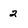
Character: 2